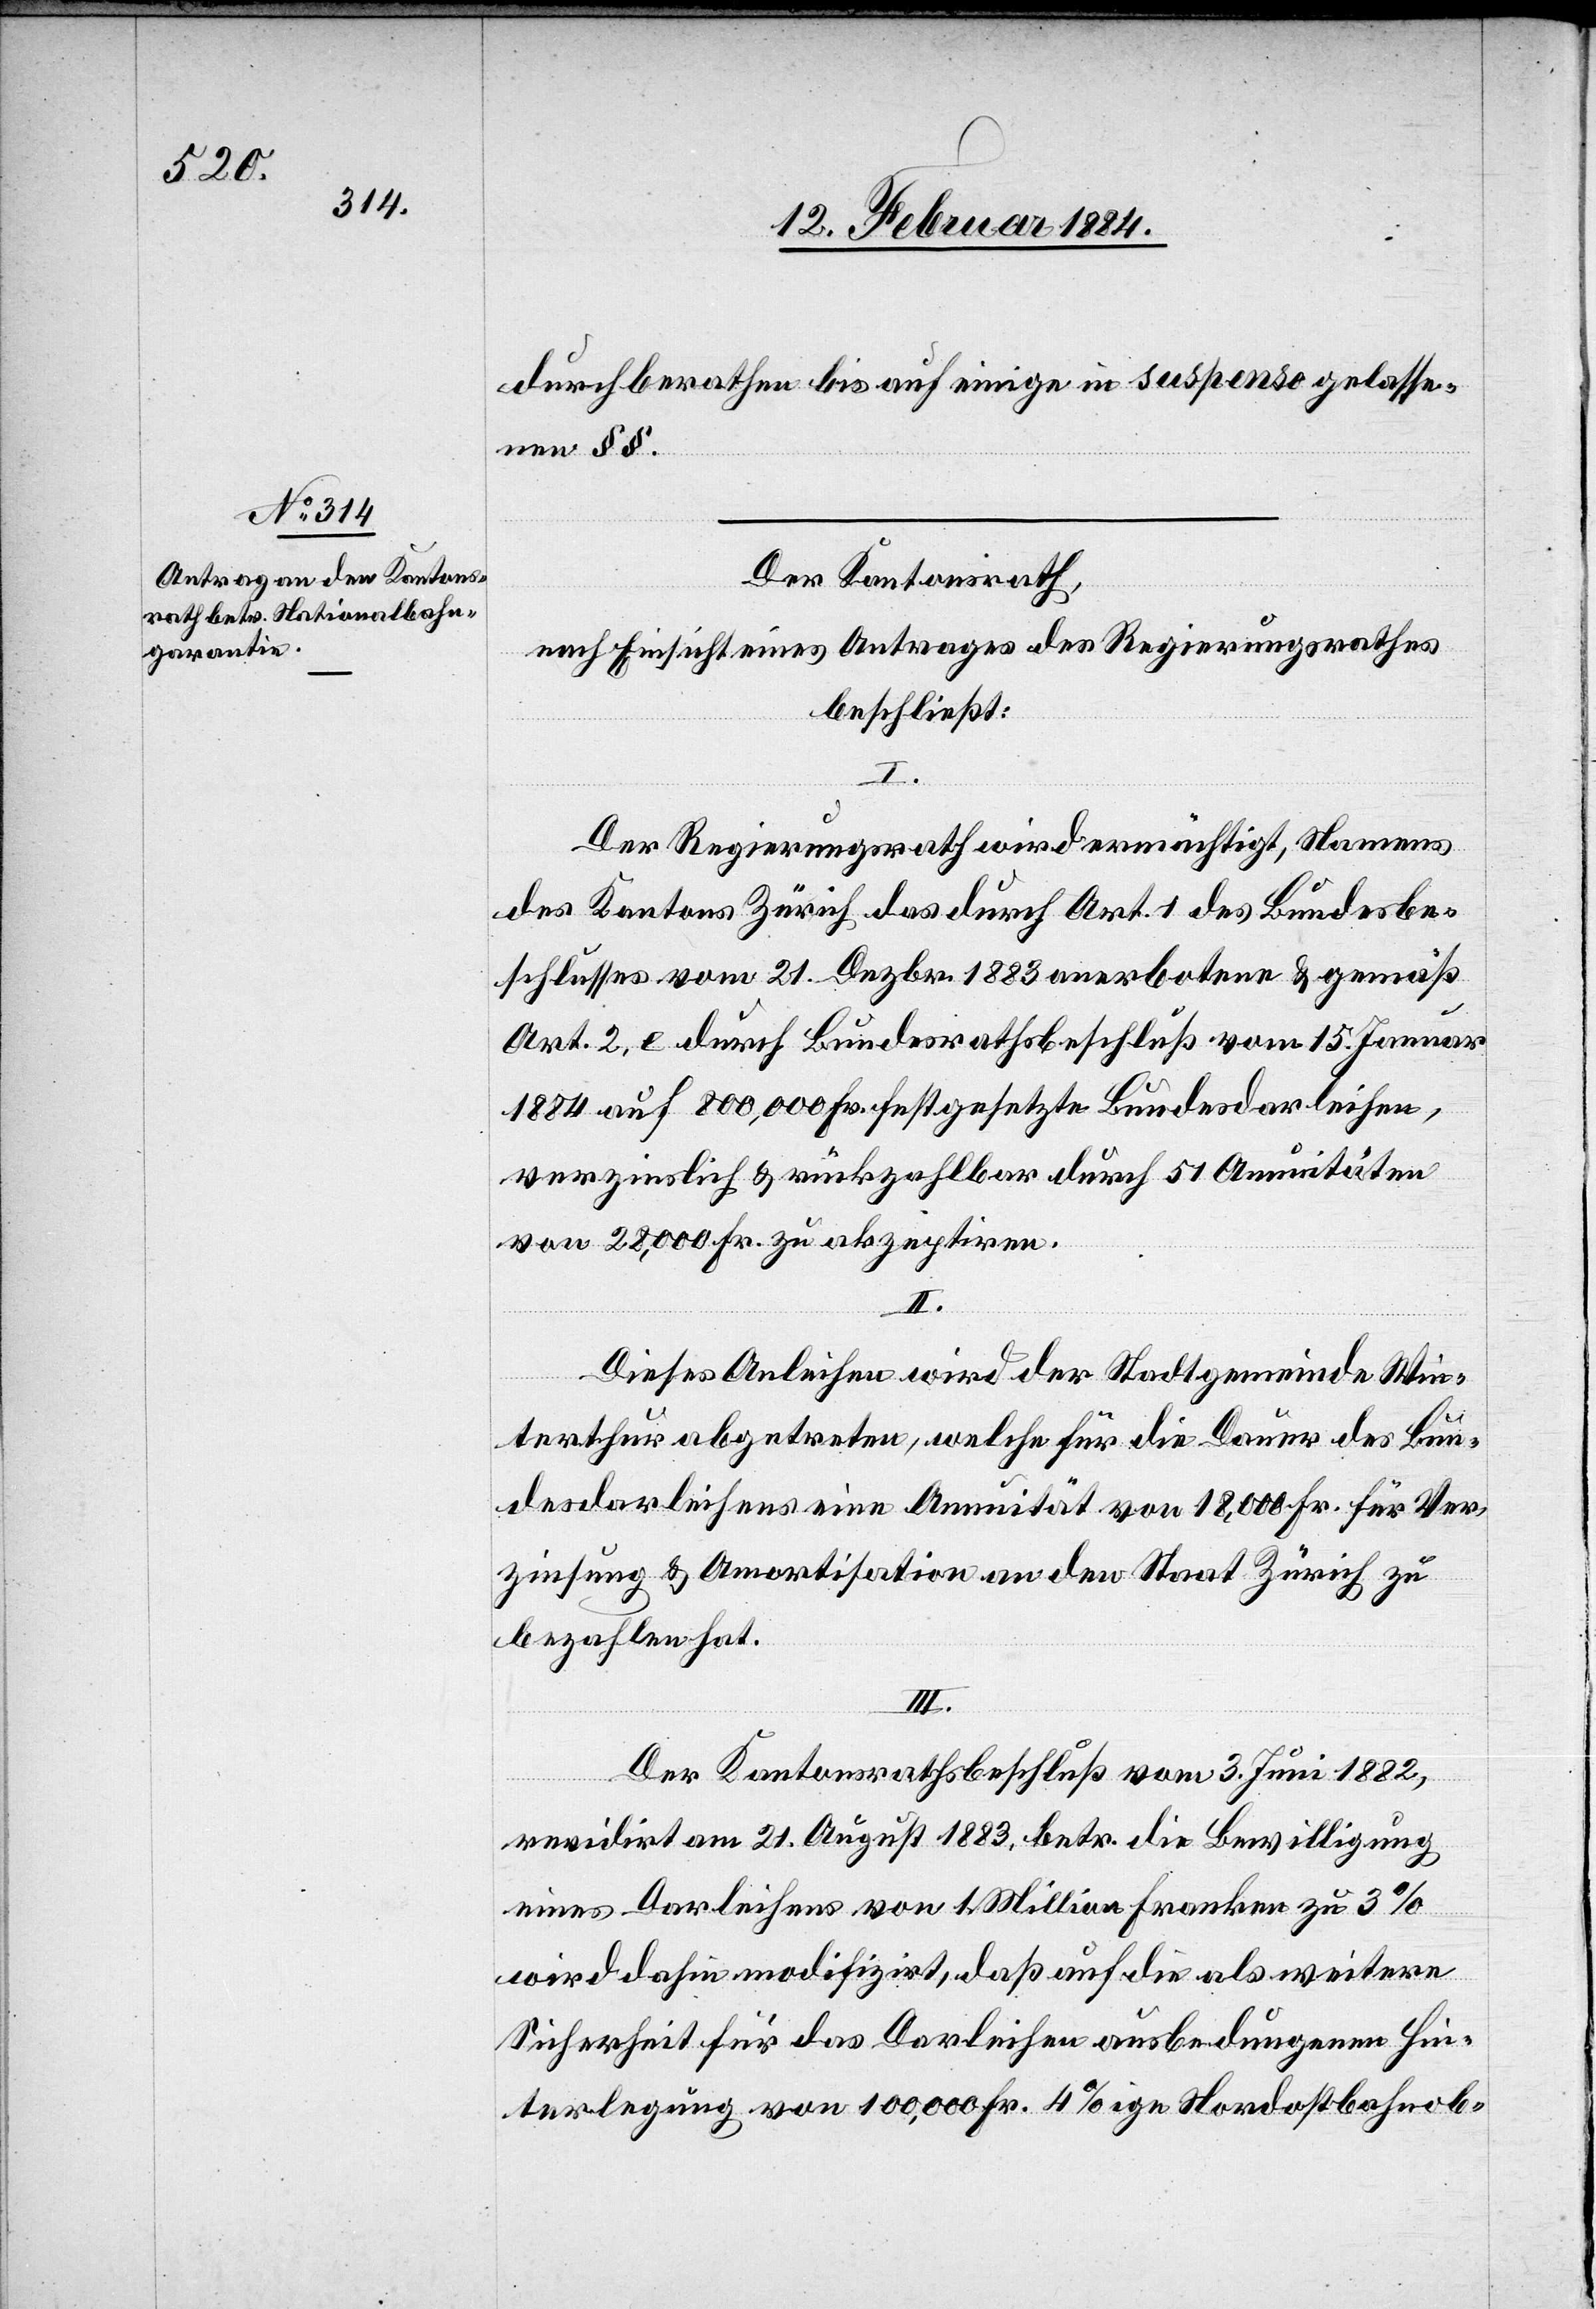
durchberathen bis auf einige in suspenso gelasse¬
nen §§.
Der Kantonsrath,
nach Einsicht eines Antrages des Regierungsrathes
beschließt:
I.
Der Regierungsrath wird ermächtigt, Namens
des Kantons Zürich das durch Art. 1 des Bundesbe¬
schlusses vom 21. Dezbr. 1883 anerbotene & gemäß
Art. 2, e durch Bundesrathsbeschluß vom 15. Januar
1884 auf 800,000 Fr. festgesetzte Bundesdarleihen,
verzinslich & rückzahlbar durch 51 Annuitäten
von 28,000 Fr. zu akzeptiren.
II.
Dieses Anleihen wird der Stadtgemeinde Win¬
terthur abgetreten, welche für die Dauer des Bun¬
desdarleihens eine Annuität von 18,000 Fr. für Ver¬
zinsung & Amortisation an den Staat Zürich zu
bezahlen hat.
III.
Der Kantonsrathsbeschluß vom 3. Juni 1882,
revidirt am 21. August 1883, betr. die Bewilligung
eines Darleihens von 1 Million Franken zu 3%
wird dahin modifizirt, daß auf die als weitere
Sicherheit für das Darleihen ausbedungene Hin¬
terlegung von 100,000 Fr. 4% Nordostbahnob-